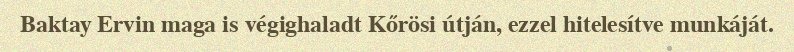
Baktay Ervin maga is végighaladt Kőrösi útján, ezzel hitelesítve munkáját.